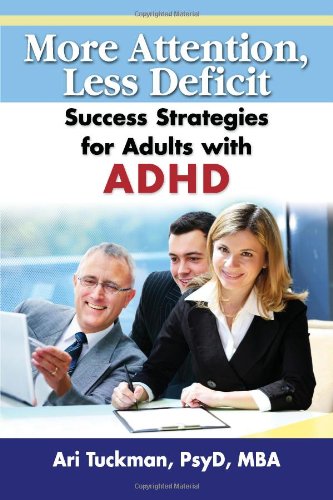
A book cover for More Attention, Less Deficit: Success Strategies for Adults with ADHD; Ari Tuckman; Health, Fitness & Dieting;